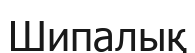
Шипалық